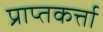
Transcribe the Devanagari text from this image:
प्राप्तकर्त्ता